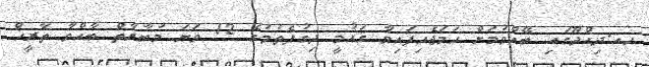
ހއ.ދިއްދޫގައި ބޭއްވުމަށް ހަމަޖެހިފައިވާ ޤައުމީ ދިގުފެތުމުގެ 12 ވަނަ މުބާރާތް ބާއްވާ ތާރީޚް